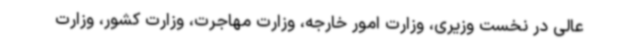
عالی در نخست وزیری، وزارت امور خارجه، وزارت مهاجرت، وزارت کشور، وزارت